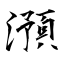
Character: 澦